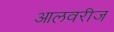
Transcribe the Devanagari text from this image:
आलवरीज